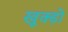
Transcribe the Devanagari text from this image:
खूक्ड़ो